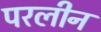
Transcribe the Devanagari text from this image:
परलीन